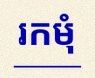
រកមុំ